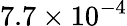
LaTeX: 7.7\times 10^{-4}